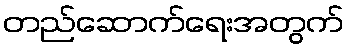
တည်ဆောက်ရေးအတွက်